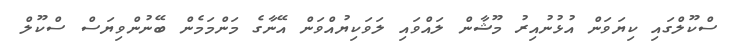
ސްކޫލްގައި ކިޔަވަން އުޅުނުއިރު މޫޝާން ލައްވައި ލަވަކިޔުއްވަން އޭނާގެ މަންމަމެން ބޭނުންވިޔަސް ސްކޫލް